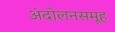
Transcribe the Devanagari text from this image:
अंदोलनसमूह